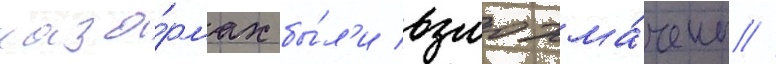
каза́рмах бы́л'и взлохма́чены //